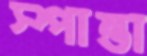
স্পান্তা